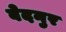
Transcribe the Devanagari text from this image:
बेदनुर